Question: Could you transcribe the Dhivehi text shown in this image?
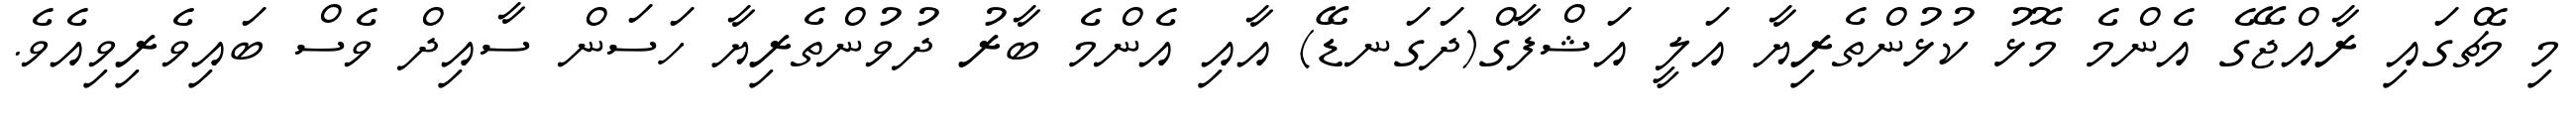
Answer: މި މެޗްގައި ރާއްޖޭގެ އެންމެ މޮޅު ކުޅުންތެރިޔާ އަލީ އަޝްފާގް(ދަގަނޑޭ) އާއި އެންމެ ބާރު ދުވުންތެރިޔާ ހަސަން ސާއިދް ވެސް ބައިވެރިވިއެވެ.